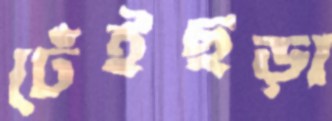
ঢেঁইছড়া